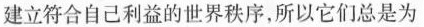
建立符合自己利益的世界秩序，所以它们总是为